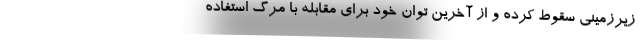
زیرزمینی سقوط کرده و از آخرین توان خود برای مقابله با مرگ استفاده